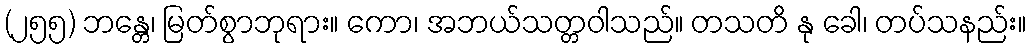
(၂၅၅) ဘန္တေ၊ မြတ်စွာဘုရား။ ကော၊ အဘယ်သတ္တဝါသည်။ တသတိ နု ခေါ၊ တပ်သနည်း။